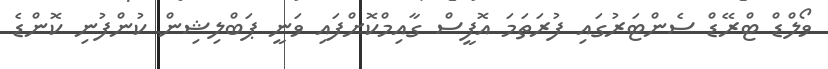
ވޯލްޑް ޓްރޭޑް ސެންޓަރުގައި ފުރަތަމަ އޮފީސް ގާއިމްކޮށްފައި ވަނީ ޕަބްލިޝިން ކުންފުނި ކޮންޑެ